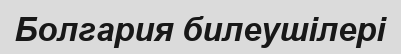
Болгария билеушілері